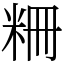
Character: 粣